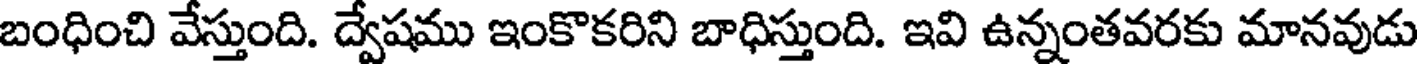
బంధించి వేస్తుంది. ద్వేషము ఇంకొకరిని బాధిస్తుంది. ఇవి ఉన్నంతవరకు మానవుడు